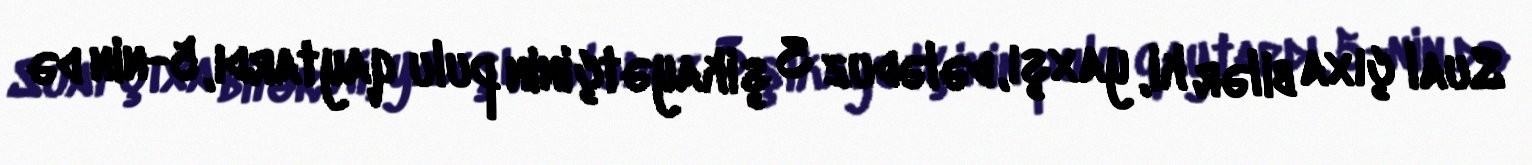
Sual çıxa bilər ki, yaxşı, dələduz 3 şikayətçinin pulu qaytardı, 5-nin də